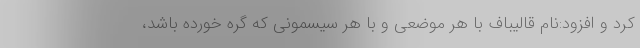
کرد و افزود:نام قالیباف با هر موضعی و با هر سیسمونی که گره خورده باشد،